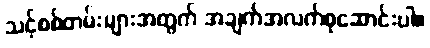
သင့်စစ်တမ်းများအတွက် အချက်အလက်စုဆောင်းပါ။